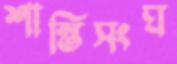
শান্তিসংঘ